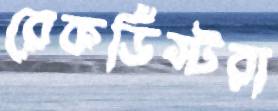
রেকর্ডিস্টরা